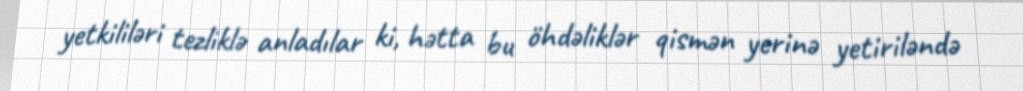
yetkililəri tezliklə anladılar ki, hətta bu öhdəliklər qismən yerinə yetiriləndə